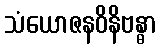
သံယောဇနဝိနိဗန္ဓာ